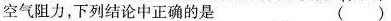
空气阻力，下列结论中正确的是 ( )